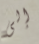
إلى